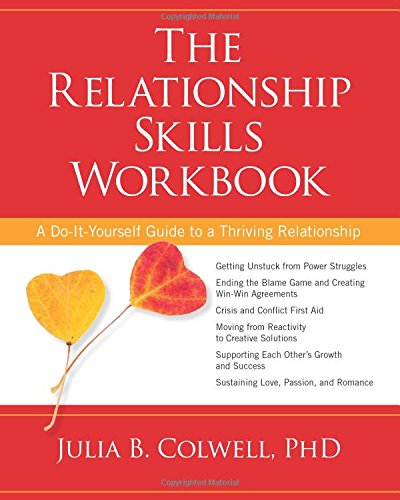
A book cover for The Relationship Skills Workbook: A Do-It-Yourself Guide to a Thriving Relationship; Julia B. Colwell  PhD; Parenting & Relationships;